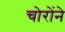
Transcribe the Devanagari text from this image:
चोरोंने